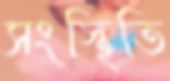
সংস্থিতি